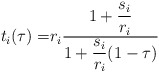
\begin{align*}t_i(\tau) =& r_i \frac{\displaystyle 1 + \frac{s_i}{r_i}}{\displaystyle 1 + \frac{s_i}{r_i}(1-\tau)}\end{align*}